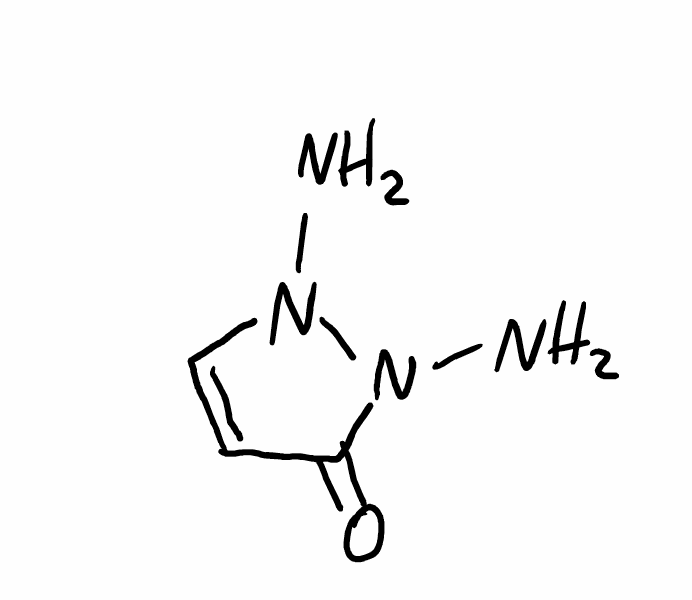
Simplified molecular-input line-entry system (SMILES) notation of the given molecule:
C1=CN(N(C1=O)N)N